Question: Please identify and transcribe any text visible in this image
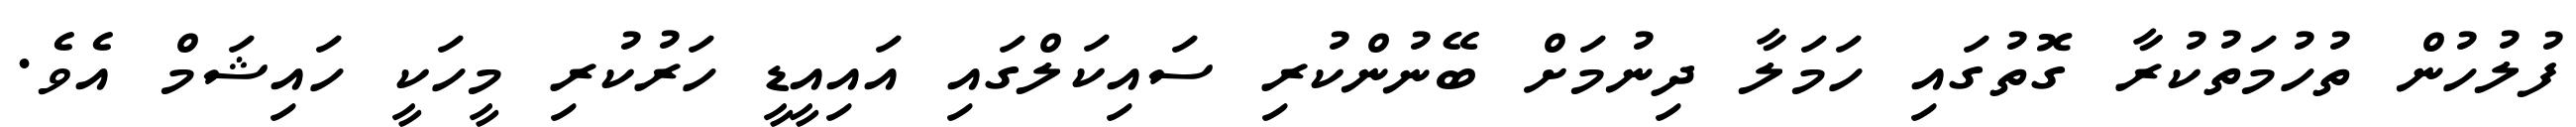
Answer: ފުލުހުން ތުހުމަތުކުރާ ގޮތުގައި ހަމަލާ ދިނުމަށް ބޭނުންކުރި ސައިކަލްގައި އައިއީޑީ ހަރުކުރި މީހަކީ ހައިޝަމް އެވެ.